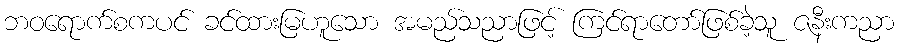
ဘဝရောက်စကပင် ခင်ထားမြဟူသော အမည်သညာဖြင့် ကြင်ရာတော်ဖြစ်ခဲ့သူ ဇနီးကညာ